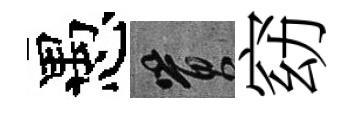
愚篔窈